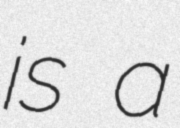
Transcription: is a